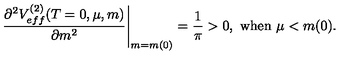
\left. \frac { \partial ^ { 2 } V _ { e f f } ^ { ( 2 ) } ( T = 0 , \mu , m ) } { \partial m ^ { 2 } } \right| _ { m = m ( 0 ) } = \frac { 1 } { \pi } > 0 , \ \mathrm { w h e n } \ \mu < m ( 0 ) .